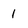
Character: 1